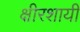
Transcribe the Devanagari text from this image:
क्षीरशायी